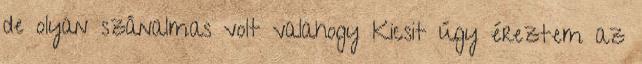
de olyan szánalmas volt valahogy Kicsit úgy éreztem az